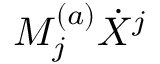
M _ { j } ^ { ( a ) } \dot { X } ^ { j }